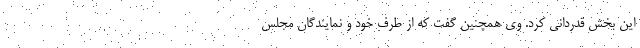
این بخش قدردانی کرد. وی همچنین گفت که از طرف خود و نمایندگان مجلس